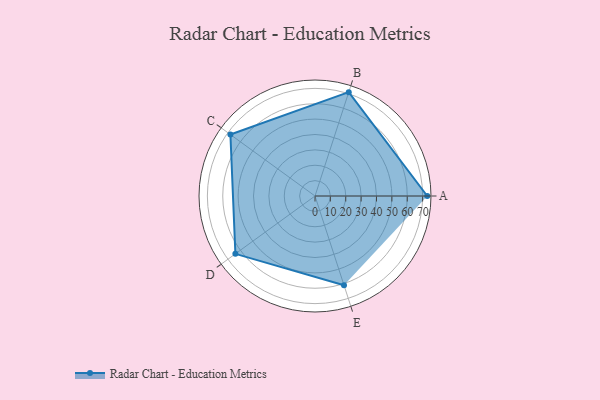
{"axis": {"x": "Skill", "y": "Score"}, "legend": ["Profile"], "data": [{"x": "A", "y": 73.0, "type": "Profile"}, {"x": "B", "y": 71.0, "type": "Profile"}, {"x": "C", "y": 68.0, "type": "Profile"}, {"x": "D", "y": 64.0, "type": "Profile"}, {"x": "E", "y": 61.0, "type": "Profile"}]}